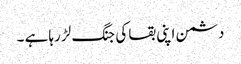
دشمن اپنی بقا کی جنگ لڑ رہا ہے ۔